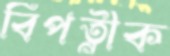
বিপত্নীক